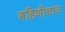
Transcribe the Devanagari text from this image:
बहिणीचाच